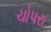
ચોપરા